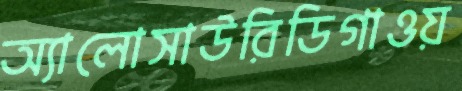
অ্যালোসাউরিডিগাওয়